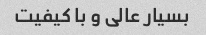
بسیار عالی و با کیفیت